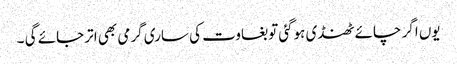
یوں اگر چائے ٹھنڈی ہوگئی توبغاوت کی ساری گرمی بھی اتر جائے گی ۔